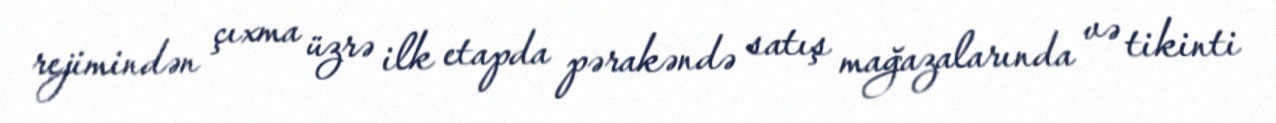
rejimindən çıxma üzrə ilk etapda pərakəndə satış mağazalarında və tikinti